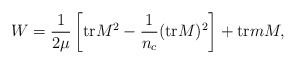
\begin{align*}W = \frac{1}{2\mu} \left[ {\rm tr}M^{2} - \frac{1}{n_{c}}({\rm tr}M)^{2}\right] + {\rm tr} m M,\end{align*}